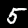
Digit: 5